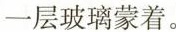
一层玻璃蒙着。